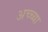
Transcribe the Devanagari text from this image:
अच्च्या